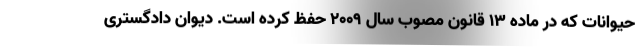
حیوانات که در ماده ۱۳ قانون مصوب سال ۲۰۰۹ حفظ کرده است. دیوان دادگستری